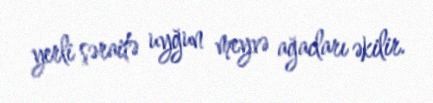
yerli şəraitə uyğun meyvə ağacları əkilir.